Indian journal of veterinary science and animal husbandry - Volume 4,
Year: 1934
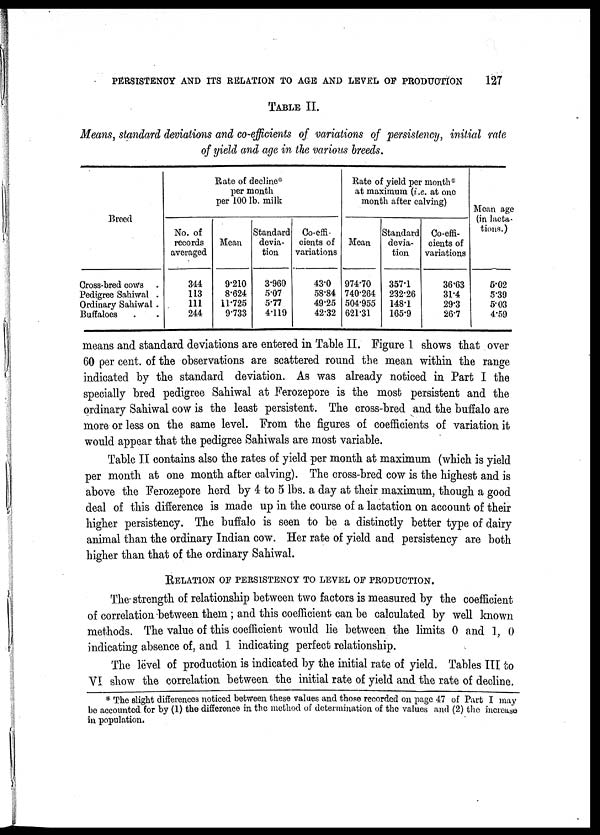
PERSISTENCY AND ITS RELATION TO AGE AND LEVEL OF PRODUCTION
127
TABLE II.
Means, standard deviations and co-efficients of variations of persistency, initial rate
of yield and age in the various breeds.
Breed
Cross-bred cows .
Pedigree Sahiwal .
Ordinary Sahiwal .
Buffaloes . .
Rate of decline*
per month
per 100 lb. milk
No. of
records
averaged
344
113
111
244
Mean
9.210
8.624
11.725
9.733
Standard
devia-
tion
3.960
5.07
5.77
4.119
Co-effi-
cients of
variations
43.0
58.84
49.25
42.32
Rate of yield per month*
at maximum (i.e. at one
month after calving)
Mean
974.70
740.264
504.955
621.31
Standard
devia-
tion
357.1
232.26
148.1
165.9
Co-effi-
cients of
variations
36.63
31.4
29.3
26.7
Mean age
(in lacta-
tions.)
5.02
5.39
5.03
4.59
means and standard deviations are entered in Table II. Figure 1 shows that over
60 per cent. of the observations are scattered round the mean within the range
indicated by the standard deviation. As was already noticed in Part I the
specially bred pedigree Sahiwal at Ferozepore is the most persistent and the
ordinary Sahiwal cow is the least persistent. The cross-bred and the buffalo are
more or less on the same level. From the figures of coefficients of variation it
would appear that the pedigree Sahiwals are most variable.
Table II contains also the rates of yield per month at maximum (which is yield
per month at one month after calving). The cross-bred cow is the highest and is
above the Ferozepore herd by 4 to 5 lbs. a day at their maximum, though a good
deal of this difference is made up in the course of a lactation on account of their
higher persistency. The buffalo is seen to be a distinctly better type of dairy
animal than the ordinary Indian cow. Her rate of yield and persistency are both
higher than that of the ordinary Sahiwal.
RELATION OF PERSISTENCY TO LEVEL OF PRODUCTION.
The strength of relationship between two factors is measured by the coefficient
of correlation between them; and this coefficient can be calculated by well known
methods. The value of this coefficient would lie between the limits 0 and 1, 0
indicating absence of, and 1 indicating perfect relationship.
The lëvel of production is indicated by the initial rate of yield. Tables III to
VI show the correlation between the initial rate of yield and the rate of decline.
* The slight differences noticed between these values and those recorded on page 47 of Part I may
be accounted for by (1) the difference in the method of determination of the values and (2) the increase
in population.